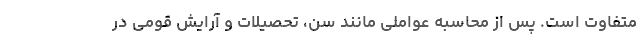
متفاوت است. پس از محاسبه عواملی مانند سن، تحصیلات و آرایش قومی در